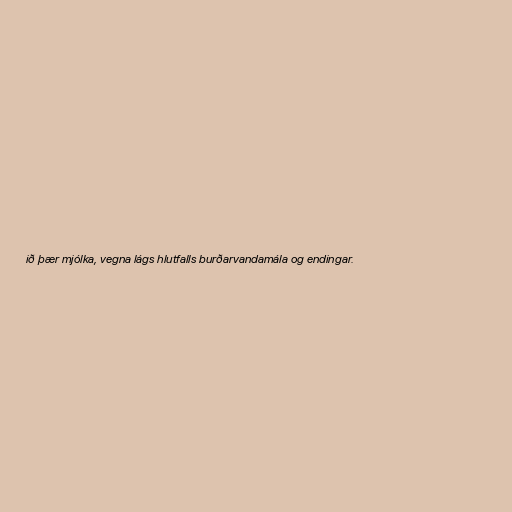
ið þær mjólka, vegna lágs hlutfalls burðarvandamála og endingar.